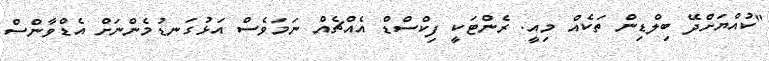
"ކުއްޔަށްދޭ ބިލްޑިން ތަކެއް މިއީ. ރެންޓަކީ ފިކްސްޑް އެއްޗެއް ނަމަވެސް އަޅުގަނޑުމެންނަށް އެޑްވާންސް